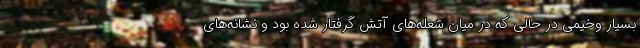
بسیار وخیمی در حالی که در میان شعله‌های آتش گرفتار شده بود و نشانه‌های